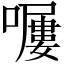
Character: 𡀿